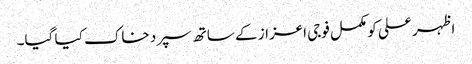
اظہر علی کو مکمل فوجی اعزاز کے ساتھ سپرد خاک کیا گیا۔